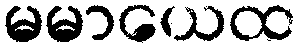
မမာယေထ